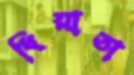
ধিয়াতা